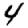
Digit: 4